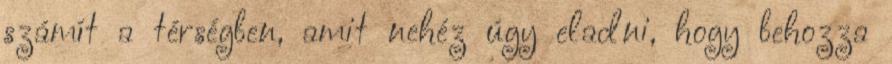
számít a térségben, amit nehéz úgy eladni, hogy behozza